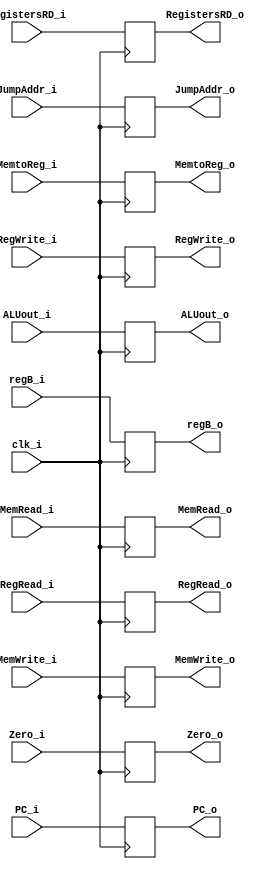
module EX_MEM(
    clk_i,
    ALUout_i, //32bits
    Zero_i, //1 bit
    PC_i, //32bits
    regB_i, //32bits
    JumpAddr_i, //32bits
    RegistersRD_i, //32bits
    RegWrite_i,//control signal
    RegRead_i,
    MemtoReg_i,
    MemWrite_i,
    MemRead_i,

    ALUout_o,
    Zero_o,
    PC_o,
    regB_o,
    JumpAddr_o,
    RegistersRD_o,
    RegWrite_o,
    RegRead_o,
    MemtoReg_o,
    MemWrite_o,
    MemRead_o
);
input clk_i, Zero_i;
input [4:0] RegistersRD_i;
input [31:0] PC_i, ALUout_i, regB_i, JumpAddr_i;
//control signal
input RegWrite_i, RegRead_i, MemtoReg_i, MemWrite_i, MemRead_i;

output Zero_o;
output [4:0] RegistersRD_o;
output [31:0] PC_o,ALUout_o, regB_o, JumpAddr_o;
//control signal
output RegWrite_o, RegRead_o, MemtoReg_o, MemWrite_o, MemRead_o;
reg Zero_o, PC_o, ALUout_o, regB_o, JumpAddr_o, RegistersRD_o, RegWrite_o, RegRead_o, MemtoReg_o, MemWrite_o, MemRead_o;

always@(posedge clk_i)
begin
  ALUout_o <= ALUout_i;
  Zero_o <= Zero_i;
  PC_o <= PC_i;
  regB_o <= regB_i;
  JumpAddr_o <= JumpAddr_i;
  RegistersRD_o <= RegistersRD_i;
  RegWrite_o <= RegWrite_i;
  RegRead_o <= RegRead_i;
  MemtoReg_o <= MemtoReg_i;
  MemWrite_o <= MemWrite_i;
  MemRead_o <= MemRead_i;
end
endmodule